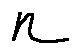
n